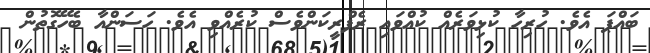
ބައްޕަ އެވެ. ހުރިހާ ކުޅިވަރެއް ކުއްވައި ރެފްރީކަންވެސް ކުރެއްވި އެވެ. ހަސަންއާ ބެހޭގޮތުން